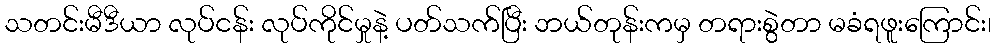
သတင်းမီဒီယာ လုပ်ငန်း လုပ်ကိုင်မှုနဲ့ ပတ်သက်ပြီး ဘယ်တုန်းကမှ တရားစွဲတာ မခံရဖူးကြောင်း၊